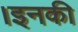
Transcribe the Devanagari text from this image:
।इनकी